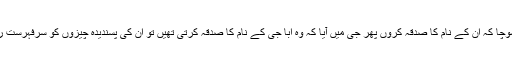
جنوری کے اوائل میں امی کی بے طرح یاد آئی سوچا کہ ان کے نام کا صدقہ کروں پھر جی میں آیا کہ وہ ابا جی کے نام کا صدقہ کرتی تھیں تو ان کی پسندیدہ چیزوں کو سرفہرست رکھتیں، جو جو ان کو کھانے، پہننے میں پسند تھا۔